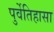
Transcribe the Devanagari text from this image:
पुर्वेतिहासा